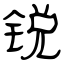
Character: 锐